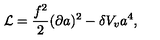
{ \cal L } = { \frac { f ^ { 2 } } { 2 } } ( \partial a ) ^ { 2 } - \delta V _ { v } a ^ { 4 } ,